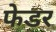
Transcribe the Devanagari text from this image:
फेडर